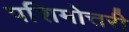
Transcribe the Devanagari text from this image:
पशिमोत्तरी